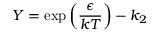
Y = \exp \left( { \frac { \epsilon } { k T } } \right) - k _ { 2 }